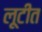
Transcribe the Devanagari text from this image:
लूटीत